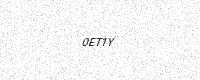
Text: 0ET1Y